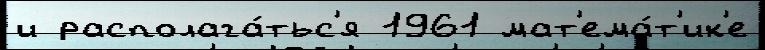
и располага́тьс'я 1961 мат'ема́т'ик'е